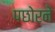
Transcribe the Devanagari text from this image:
पछोरने